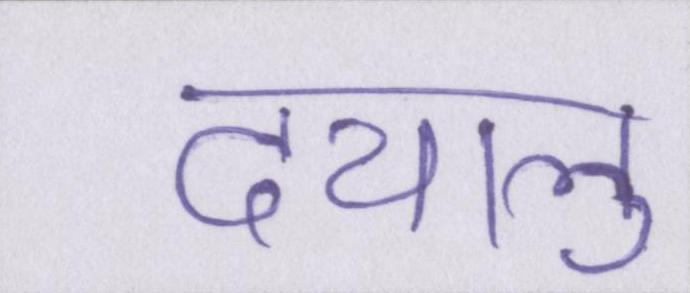
दयालु